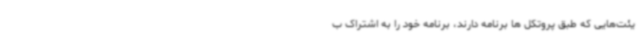
یئت‌هایی که طبق پروتکل ها برنامه دارند، برنامه خود را به اشتراک ب